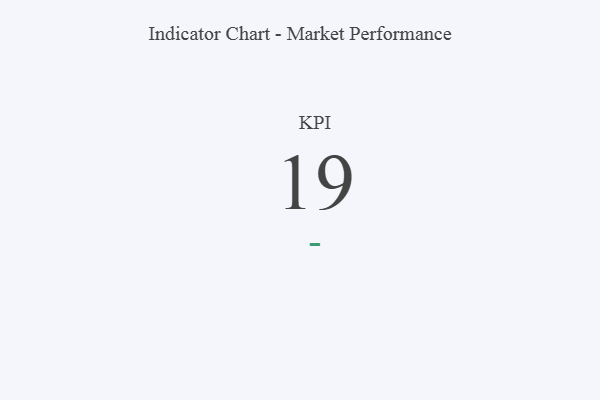
{"axis": {"x": "KPI", "y": "Value"}, "legend": [""], "data": [{"x": "KPI", "y": 19, "type": ""}]}